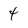
Character: 4